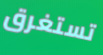
تستغرق